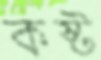
কষ্ট